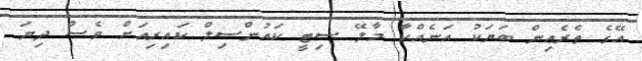
އޭގެ ތެރެއިން ބަޔަކު އަނެއްކާ މާލޭ ސިޓީ ކައުންސިލް ކަައިރިއަށް ވެސް ދިޔަ